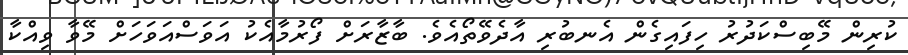
ކުރިން މޭބިސްކަދުރު ހިފައިގެން އެނބުރި އާދެވޭތޯއެވެ. ބާޒާރަށް ފޯރުމާއެކު އަވަސްއަވަހަށް މޭވާ ވިއްކާ